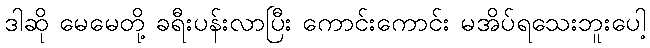
ဒါဆို မေမေတို့ ခရီးပန်းလာပြီး ကောင်းကောင်း မအိပ်ရသေးဘူးပေါ့